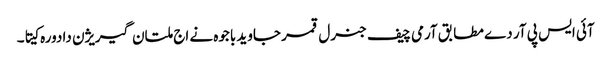
آئی ایس پی آر دے مطابق آرمی چیف جنرل قمر جاوید باجوہ نے اج ملتان گیریژن دا دورہ کیتا۔